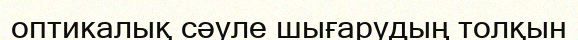
оптикалық сәуле шығарудың толқын